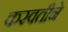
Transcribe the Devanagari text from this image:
करवतीने